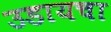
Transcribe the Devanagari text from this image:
उडायचा